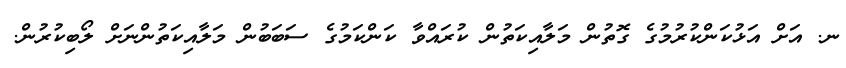
ނ. އަށް އަޅުކަންކުރުމުގެ ގޮތުން މަލާއިކަތުން ކުރައްވާ ކަންކަމުގެ ސަބަބުން މަލާއިކަތުންނަށް ލޯބިކުރުން.